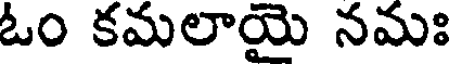
ఓం కమలాయై నమః